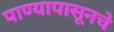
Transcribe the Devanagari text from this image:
पाण्यापासूनचे